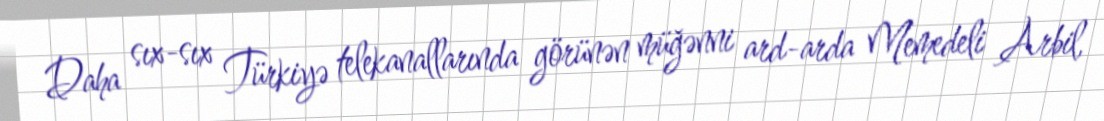
Daha sıx-sıx Türkiyə telekanallarında görünən müğənni ard-arda Memedeli Arbil,